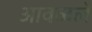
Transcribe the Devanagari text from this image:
आवळले